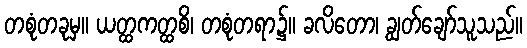
တစုံတခုမှ။ ယတ္ထကတ္ထစိ၊ တစုံတရာ၌။ ခလိတော၊ ချွတ်ချော်သူသည်။